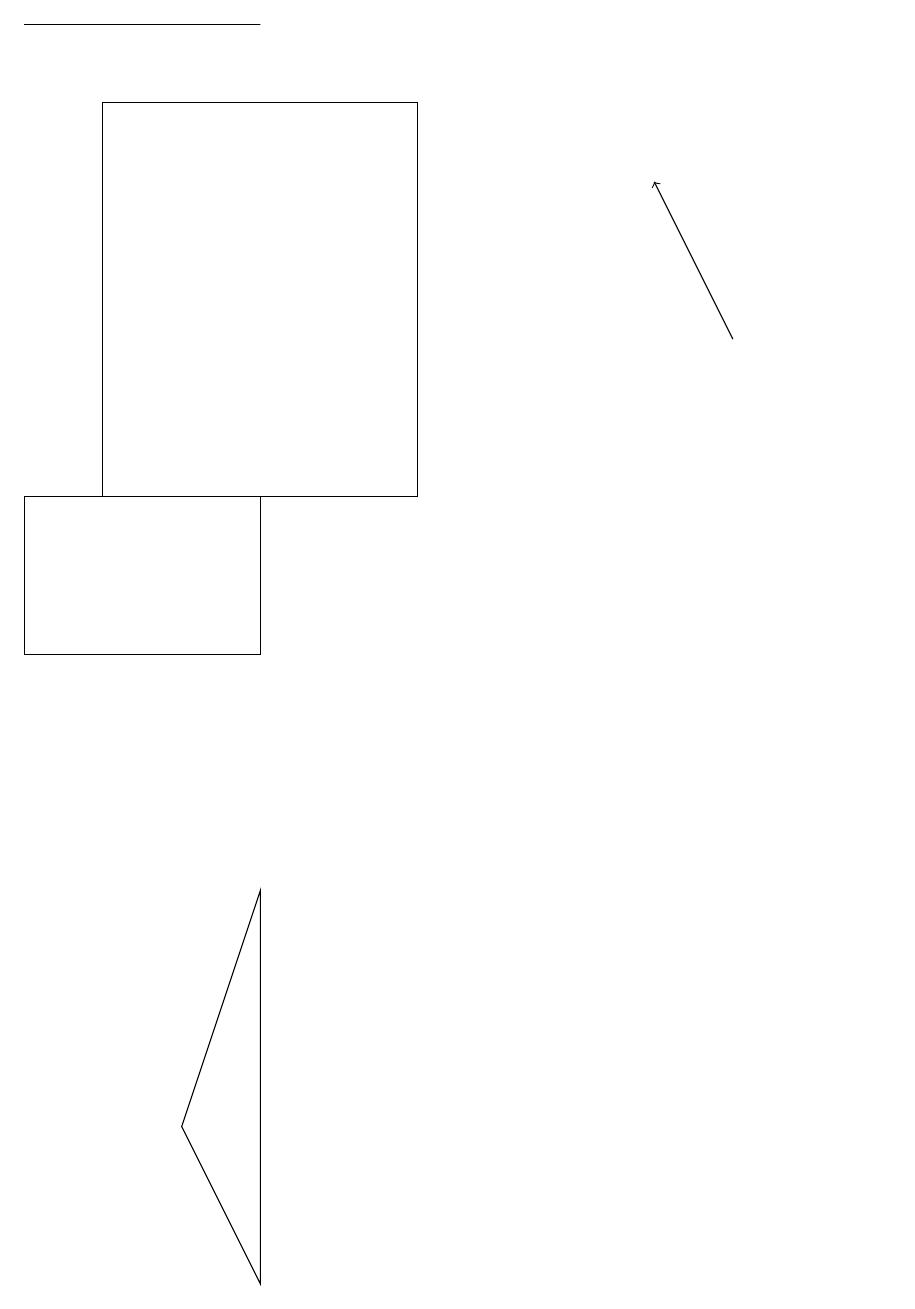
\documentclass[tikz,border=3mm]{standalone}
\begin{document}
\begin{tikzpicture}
\draw (11,11) circle (0);
\draw (5,17) rectangle (1,12);
\draw (3,12) rectangle (0,10);
\draw (3,18) rectangle (0,18);
\draw[->] (9,14) -- (8,16);
\draw (3,7) -- (3,2) -- (2,4) -- cycle;
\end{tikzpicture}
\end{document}